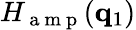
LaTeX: H_{\mathrm{~a~m~p~}}(\mathbf{q}_{1})